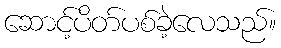
ဆောင့်ပိတ်ပစ်ခဲ့လေသည်။